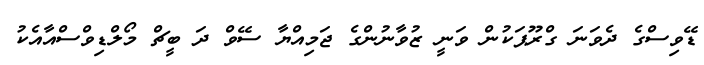
ޑޭވިސްގެ ދެވަނަ ގްރޫޕަކުން ވަނީ ޒުވާނުންގެ ޖަމިއްޔާ ސޭވް ދަ ބީޗް މޯލްޑިވްސްއާއެކު